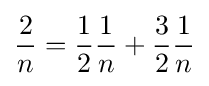
{\frac {2}{n}}={\frac {1}{2}}{\frac {1}{n}}+{\frac {3}{2}}{\frac {1}{n}}